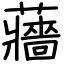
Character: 蘠